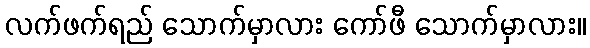
လက်ဖက်ရည် သောက်မှာလား ကော်ဖီ သောက်မှာလား။